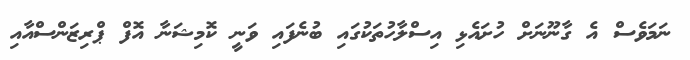
ނަމަވެސް އެ ގާނޫނަށް ހުށައެޅި އިސްލާހުތަކުގައި ބުނެފައި ވަނީ ކޮމިޝަނާ އޮފް ޕްރިޒަންސްއާއި